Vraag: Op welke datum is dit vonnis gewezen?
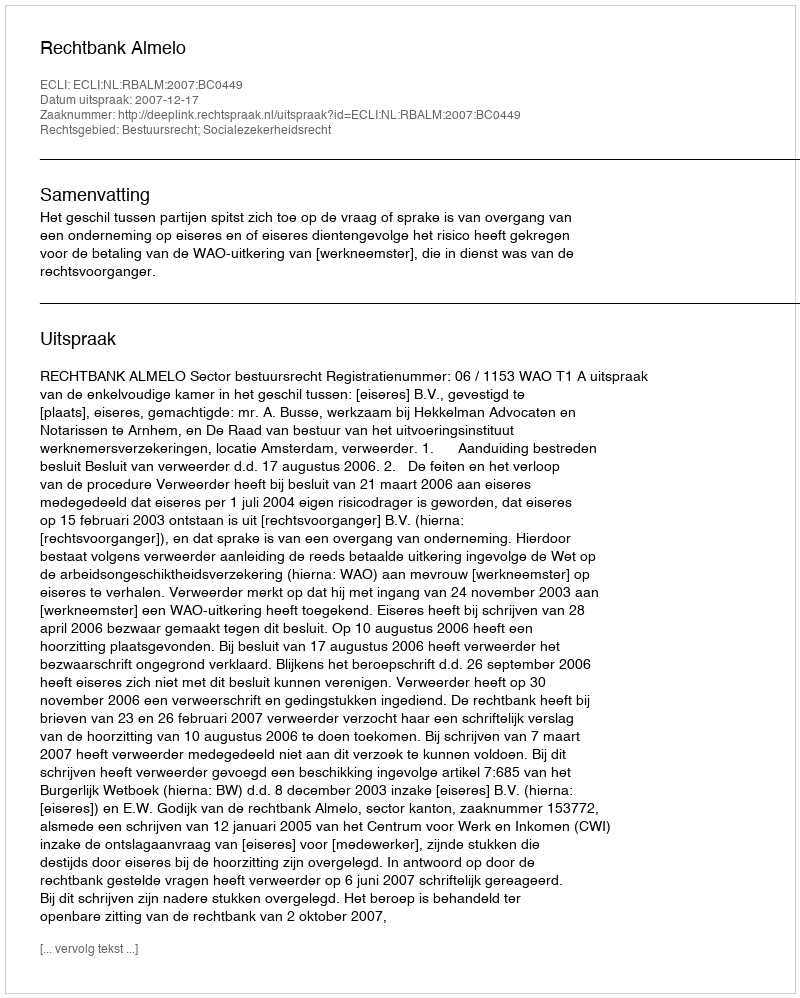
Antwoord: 2007-12-17